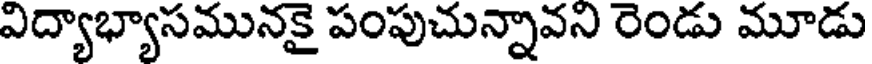
విద్యాభ్యాసమునకై పంపుచున్నావని రెండు మూడు